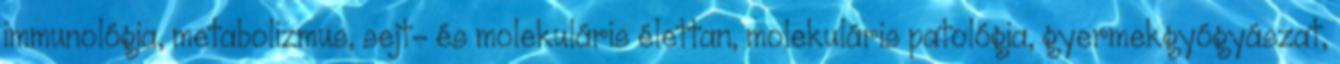
immunológia, metabolizmus, sejt- és molekuláris élettan, molekuláris patológia, gyermekgyógyászat,